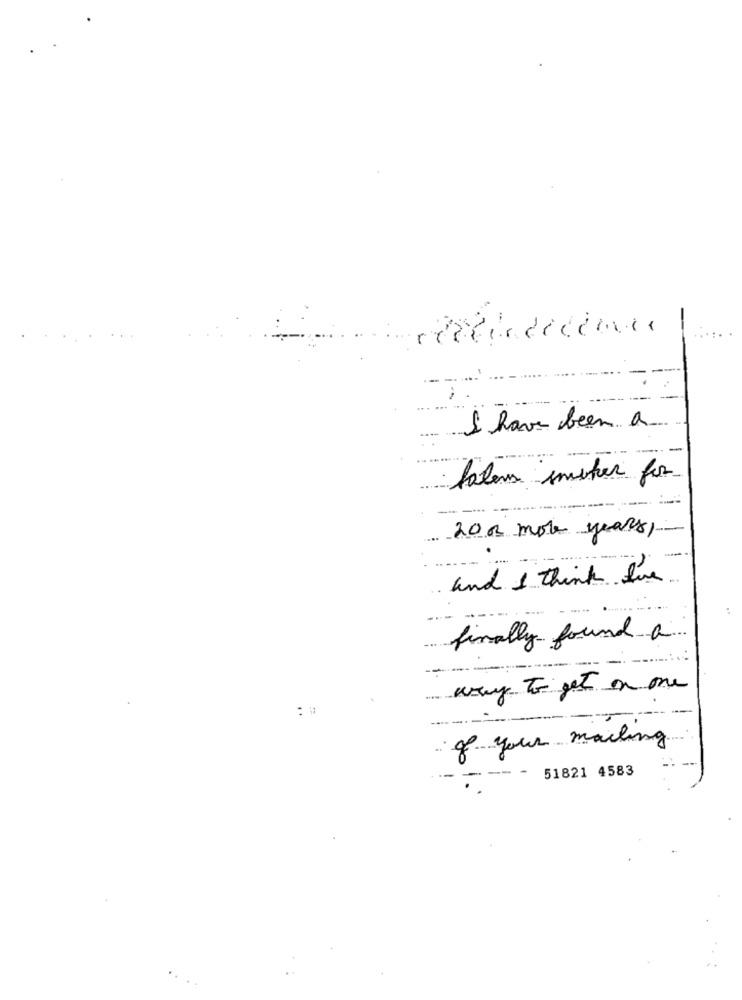
-
I have been a
haben smeter for
200 more years,
and I think love
finally found a
way to get on one
: #
of your mailing
51821 4583